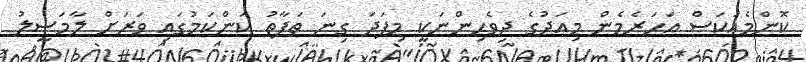
ކޮންމެއަކަސް އަހަރެމެން މިއަދުގެ ދިވެހިންނަކީ މިފަދަ ގިނަ ތަފާތު ކަންކަމުގައި ވަރަށް ލާމަސީލު